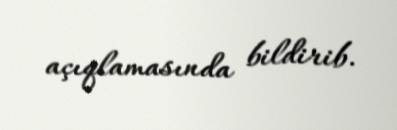
açıqlamasında bildirib.